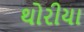
થોરીયા